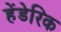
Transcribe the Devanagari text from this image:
हेंडेरिक